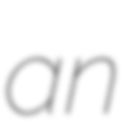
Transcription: an